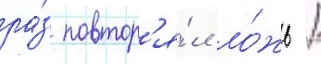
ра́з повтор'я́л ло́жь /